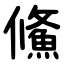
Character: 鯈